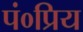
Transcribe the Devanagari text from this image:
पं०प्रिय